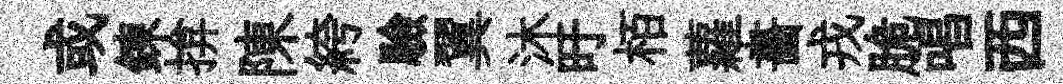
或鍊揜陳絝驗翼沐旴栢蘿畵戎脆唱西